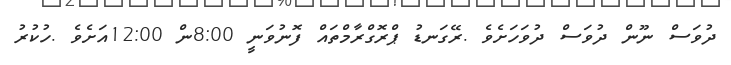
ދުވަސް ނޫން ދުވަސް ދުވަހަށެވެ .ރޭގަނޑު ޕްރޮގްރާމްތައް ފޮނުވަނީ 8:00ން 12:00އަށެވެ .ހުކުރު